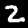
Digit: 2